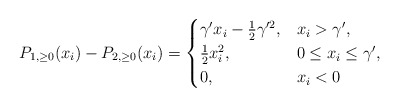
\begin{align*}P_{1,\ge0}(x_i)-P_{2,\ge0}(x_i)=\begin{cases}\gamma'x_i-\frac{1}{2}\gamma'^2, & x_i>\gamma',\\\frac{1}{2}x_i^2, & 0\le x_i\le\gamma',\\0, & x_i<0\end{cases}\end{align*}